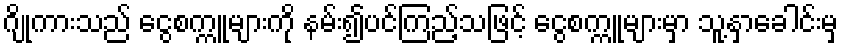
ဂျိုကားသည် ငွေစက္ကူများကို နမ်း၍ပင်ကြည့်သဖြင့် ငွေစက္ကူများမှာ သူ့နှာခေါင်းမှ